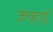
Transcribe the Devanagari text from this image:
जकाडें